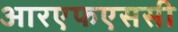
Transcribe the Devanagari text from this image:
आरएफएससी